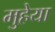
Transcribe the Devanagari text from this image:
मुहेया